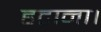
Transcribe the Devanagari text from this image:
हटाना।